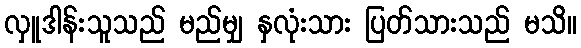
လှူဒါန်းသူသည် မည်မျှ နှလုံးသား ပြတ်သားသည် မသိ။